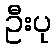
ဦးပု